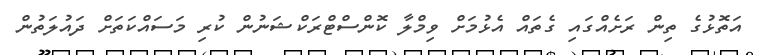
އަތޮޅުގެ ތިން ރަށެއްގައި ގެތައް އެޅުމަށް ވިމްލާ ކޮންސްޓްރަކްޝަނުން ކުރި މަސައްކަތަށް ދައުލަތުން